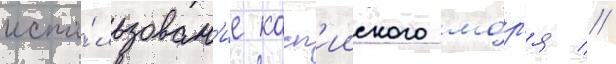
испо́льзован'ие касп'ииского мо́р'я //